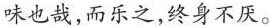
味也哉，而乐之，终身不厌。